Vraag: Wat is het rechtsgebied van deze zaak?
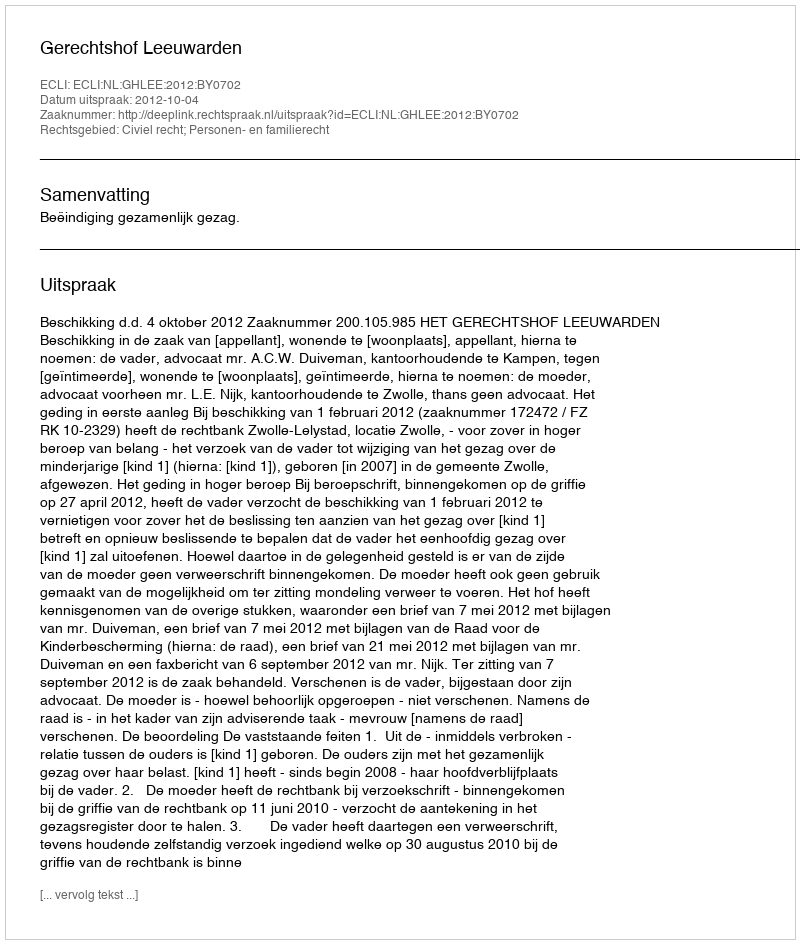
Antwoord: Civiel recht; Personen- en familierecht